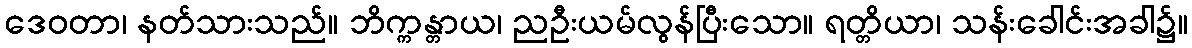
ဒေဝတာ၊ နတ်သားသည်။ ဘိက္ကန္တာယ၊ ညဦးယမ်လွန်ပြီးသော။ ရတ္တိယာ၊ သန်းခေါင်းအခါ၌။